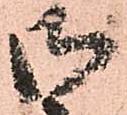
御